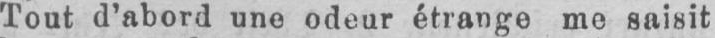
Tout d’abord une odeur étrange mo saisit